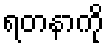
ရတနာကို